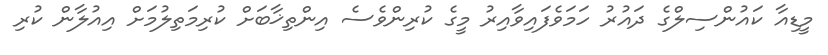
މީޑިއާ ކައުންސިލްގެ ދައުރު ހަމަވެފައިވާއިރު މީގެ ކުރިންވެސެ އިންތިޚާބަށް ކުރިމަތިލުމަށް އިއުލާން ކުރި